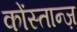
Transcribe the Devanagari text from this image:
कोंस्तान्ज़